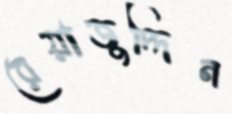
রেয়াজুদ্দিন